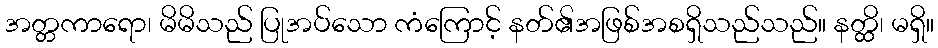
အတ္တကာရော၊ မိမိသည် ပြုအပ်သော ကံကြောင့် နတ်၏အဖြစ်အစရှိသည်သည်။ နတ္ထိ၊ မရှိ။